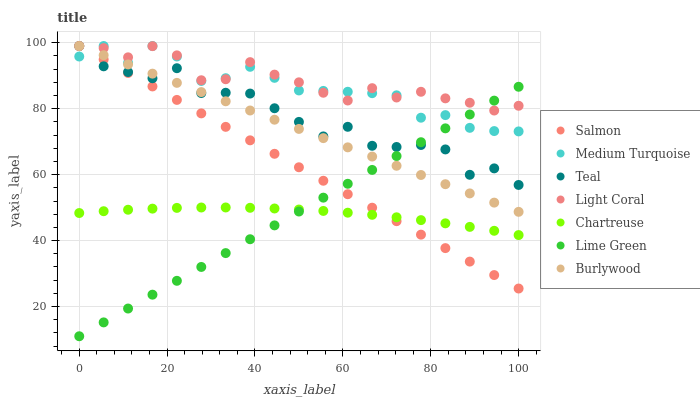
| xaxis_label | Salmon | Medium Turquoise | Teal | Light Coral | Chartreuse | Lime Green | Burlywood |
 | --- | --- | --- | --- | --- | --- | --- | --- |
 | 0 | 99 | 95.8 | 99 | 99 | 48.4 | 11 | 99 |
 | 5.56 | 94.9 | 99 | 92.8 | 98.4 | 48.9 | 15.2 | 96.2 |
 | 11.1 | 90.8 | 93.9 | 91.1 | 95.6 | 49.4 | 19.4 | 93.4 |
 | 16.7 | 86.7 | 99 | 89.2 | 99 | 49.7 | 23.6 | 90.6 |
 | 22.2 | 82.7 | 95.8 | 92.3 | 96.2 | 49.9 | 27.8 | 87.8 |
 | 27.8 | 78.6 | 88.4 | 84.7 | 88.6 | 50 | 32 | 85 |
 | 33.3 | 74.5 | 89.2 | 84.8 | 88.9 | 50 | 36.2 | 82.2 |
 | 38.9 | 70.4 | 92.7 | 84.6 | 94.1 | 49.9 | 40.4 | 79.4 |
 | 44.4 | 66.3 | 89.4 | 80.1 | 90.3 | 49.7 | 44.6 | 76.7 |
 | 50 | 62.2 | 85.5 | 76 | 88 | 49.4 | 48.8 | 73.9 |
 | 55.6 | 58.1 | 85.4 | 71.6 | 84.8 | 49 | 53 | 71.1 |
 | 61.1 | 54.1 | 85.1 | 74.5 | 82.5 | 48.5 | 57.2 | 68.3 |
 | 66.7 | 50 | 84.7 | 68.8 | 86.2 | 47.8 | 61.4 | 65.5 |
 | 72.2 | 45.9 | 84 | 68.4 | 83.4 | 47.1 | 65.6 | 62.7 |
 | 77.8 | 41.8 | 77.3 | 69 | 85.1 | 46.2 | 69.8 | 59.9 |
 | 83.3 | 37.7 | 78.1 | 67.6 | 83.1 | 45.2 | 74 | 57.1 |
 | 88.9 | 33.6 | 74.2 | 60 | 81.8 | 44.2 | 78.2 | 54.3 |
 | 94.4 | 29.6 | 73.2 | 61.9 | 79.4 | 43 | 82.4 | 51.5 |
 | 100 | 25.5 | 73.1 | 56.9 | 80.9 | 41.7 | 86.6 | 48.7 |